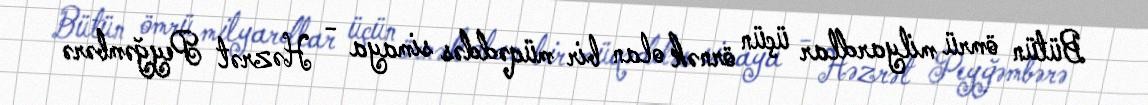
Bütün ömrü milyardlar üçün örnək olan bir müqəddəs simaya - Həzrət Peyğəmbərə